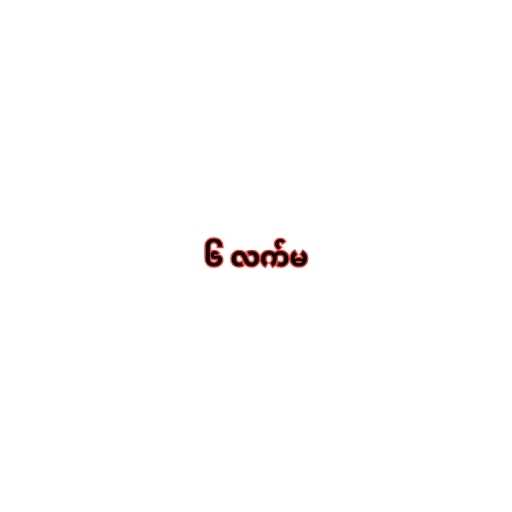
၆ လက်မ